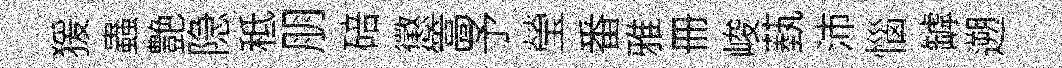
猨蟲艶隐秪朋碚懲篙予瑩番雅册峻蓺沛惱罅遡